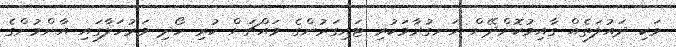
ވަކި ދައުލަތެއް ގާއިމުކޮށްދޭން ހަނގުރާމަކުރި ޓައިގަރުންގެ މައްޗަށް ކުރި ހޯދި މަރުހަލާގައި އާންމުންގެ